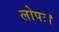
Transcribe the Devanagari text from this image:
लोपः।